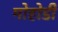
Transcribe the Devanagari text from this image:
मोहोडी